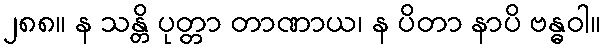
၂၈၈။ န သန္တိ ပုတ္တာ တာဏာယ၊ န ပိတာ နာပိ ဗန္ဓဝါ။